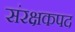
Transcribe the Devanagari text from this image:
संरक्षकपद